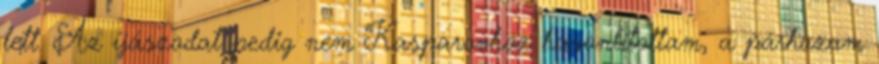
lett. Az íjászodat pedig nem Kasparovhoz hasonlítottam, a párhuzam